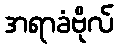
အရာခံဗိုလ်